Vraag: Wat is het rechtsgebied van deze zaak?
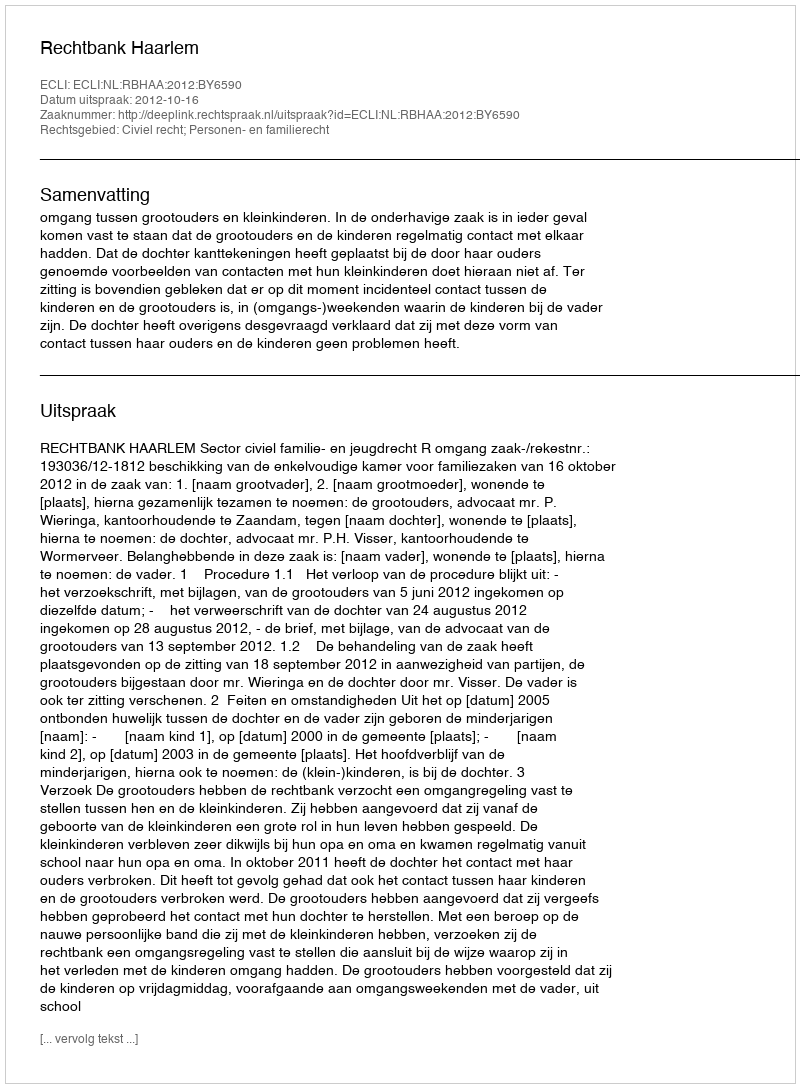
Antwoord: Civiel recht; Personen- en familierecht